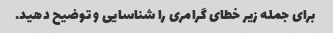
برای جمله زیر خطای گرامری را شناسایی و توضیح دهید.